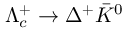
\Lambda _ { c } ^ { + } \to \Delta ^ { + } \bar { K } ^ { 0 }